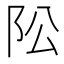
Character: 𱀄